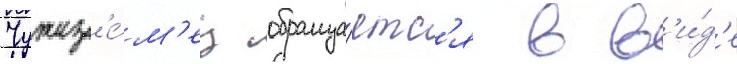
Чужез'е́м'ец обраща́етс'я в в'и́д'е